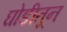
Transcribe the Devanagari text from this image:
घोडीतून